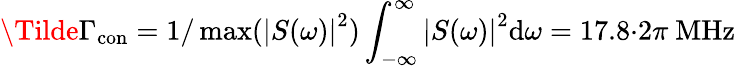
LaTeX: \Tilde{\Gamma}_{\mathrm{con}}=1/\operatorname*{max}(\left|S(\omega)\right|^{2})\int_{-\infty}^{\infty}\left|S(\omega)\right|^{2}\mathrm{d}\omega=17.8{\cdot}2\pi\ \mathrm{MHz}